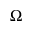
\Omega